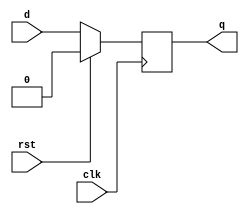
`timescale 1ns / 1ps
//////////////////////////////////////////////////////////////////////////////////
// Company: 
// Engineer: 
// 
// Design Name: 
// Module Name:    Flip_Flop_D3 
// Project Name: 
// Target Devices: 
// Tool versions: 
// Description: 
//
// Dependencies: 
//
// Revision: 
// Revision 0.01 - File Created
// Additional Comments: 
//
//////////////////////////////////////////////////////////////////////////////////
module Flip_Flop_D17(
    input clk,
    input d,
    input rst,
    output reg q
    );

	 always @(posedge clk)
	 if (rst) 
	 q <= 0;
	 else
	 q <= d;
    


endmodule